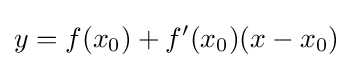
y=f(x_{0})+f'(x_{0})(x-x_{0})